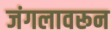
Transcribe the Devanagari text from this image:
जंगलावरून